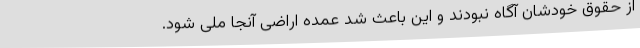
از حقوق خودشان آگاه نبودند و این باعث شد عمده اراضی آنجا ملی شود.